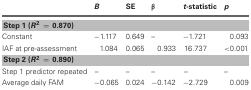
|  | B | SE | β | t-statistic | p |
 | --- | --- | --- | --- | --- | --- |
 | <COLSPAN=6> Step 1 (R2 = 0.870) |
 | Constant | −1.117 | 0.649 | – | −1.721 | 0.093 |
 | IAF at pre-assessment | 1.084 | 0.065 | 0.933 | 16.737 | <0.001 |
 | <COLSPAN=6> Step 2 (R2 = 0.890) |
 | Step 1 predictor repeated | – | – | – | – | – |
 | Average daily FAM | −0.065 | 0.024 | −0.142 | −2.729 | 0.009 |